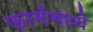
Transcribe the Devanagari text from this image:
फार्ममध्ये